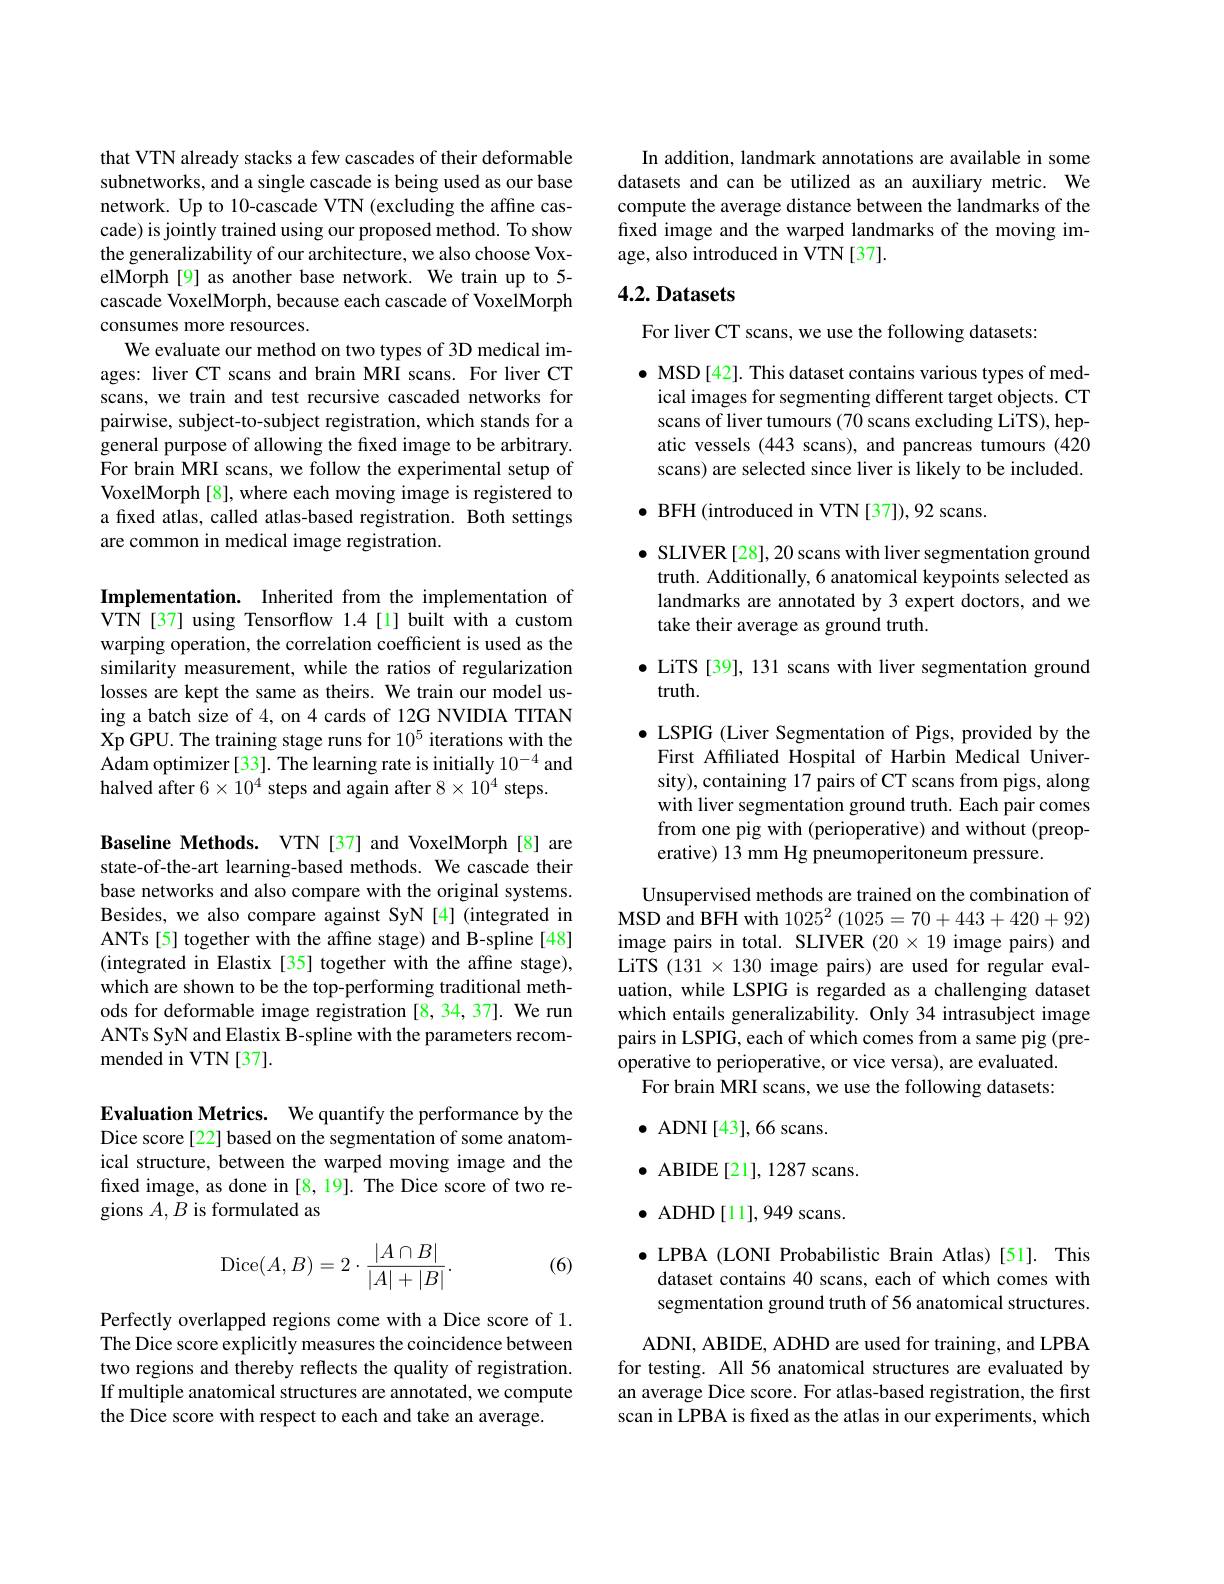
that VTN already stacks a few cascades of their deformable subnetworks, and a single cascade is being used as our base network. Up to 10-cascade VTN (excluding the affine cascade) is jointly trained using our proposed method. To show the generalizability of our architecture, we also choose VoxelMorph[9] as another base network. We train up to 5- cascade VoxelMorph, because each cascade of VoxelMorph consumes more resources.
We evaluate our method on two types of 3D medical images: liver CT scans and brain MRI scans. For liver CT scans, we train and test recursive cascaded networks for pairwise, subject-to-subject registration, which stands for a general purpose of allowing the fixed image to be arbitrary. For brain MRI scans, we follow the experimental setup of VoxelMorph [8], where each moving image is registered to a fixed atlas, called atlas-based registration. Both settings are common in medical image registration.

Implementation. Inherited from the implementation of VTN[37] using Tensorflow 1.4[1] built with a custom warping operation, the correlation coefficient is used as the similarity measurement, while the ratios of regularization losses are kept the same as theirs. We train our model using a batch size of 4, on 4 cards of 12G NVIDIA TITAN Xp GPU. The training stage runs for $10^{5}$ iterations with the $\hat{\text{Adam optimizer[33]. The learning rate is initially }10^{-4}}$and halved after $6\times10^4$ steps and again after $8\times10^4$ steps.

Baseline Methods. VTN[37] and VoxelMorph[8] are state-of-the-art learning-based methods. We cascade their base networks and also compare with the original systems. Besides, we also compare against SyN [4] (integrated in ANTs [5] together with the affine stage) and B-spline[48] (integrated in Elastix [35] together with the affine stage), which are shown to be the top-performing traditional methods for deformable image registration [8,34,37]. We run ANTs SyN and Elastix B-spline with the parameters recommended in VTN[37].

Evaluation Metrics. We quantify the performance by the Dice score [22] based on the segmentation of some anatomical structure, between the warped moving image and the fixed image, as done in [8, 19]. The Dice score of two regions $A,B$ is formulated as
$$\mathrm{Dice}(A,B)=2\cdot\frac{|A\cap B|}{|A|+|B|}.$$
(6)

Perfectly overlapped regions come with a Dice score of 1. The Dice score explicitly measures the coincidence between two regions and thereby reflects the quality of registration. If multiple anatomical structures are annotated, we compute the Dice score with respect to each and take an average.

In addition, landmark annotations are available in some datasets and can be utilized as an auxiliary metric. We compute the average distance between the landmarks of the fixed image and the warped landmarks of the moving image, also introduced in VTN[37].

## 4.2. Datasets

For liver CT scans, we use the following datasets:

$\bullet$ MSD[42]. This dataset contains various types of med-
ical images for segmenting different target objects. CT scans of liver tumours (70 scans excluding LiTS), hepatic vessels (443 scans), and pancreas tumours (420 scans) are selected since liver is likely to be included.

$\bullet$ BFH (introduced in VTN[37]),92 scans.

$\bullet$ SLIVER[28], 20 scans with liver segmentation ground truth. Additionally, 6 anatomical keypoints selected as landmarks are annotated by 3 expert doctors, and we take their average as ground truth.

$\bullet$ LiTS [39], 131 scans with liver segmentation ground
truth.

$\bullet$ LSPIG (Liver Segmentation of Pigs, provided by the First Affiliated Hospital of Harbin Medical University), containing 17 pairs of CT scans from pigs, along with liver segmentation ground truth. Each pair comes from one pig with (perioperative) and without (preoperative) 13 mm Hg pneumoperitoneum pressure.

Unsupervised methods are trained on the combination of MSD and BFH with $1025^2\left(1025=70+443+420+92\right)$ image pairs in total. SLIVER $(20\times19$ image pairs) and LiTS $(131\times130$ image pairs) are used for regular evaluation, while LSPIG is regarded as a challenging dataset which entails generalizability. Only 34 intrasubject image pairs in LSPIG, each of which comes from a same pig (pre-) operative to perioperative, or vice versa), are evaluated.
For brain MRI scans, we use the following datasets:
$\bullet$ ADNI[43],66 scans.
$\bullet$ ABIDE[21],1287 scans. $\bullet$ ADHD[11],949 scans. $\bullet$ LPBA (LONI Probabilistic Brain Atlas)[51]. This dataset contains 40 scans, each of which comes with segmentation ground truth of 56 anatomical structures. ADNI, ABIDE, ADHD are used for training, and LPBA

for testing. All 56 anatomical structures are evaluated by an average Dice score. For atlas-based registration, the first scan in LPBA is frxed as the atlas in our experiments, which